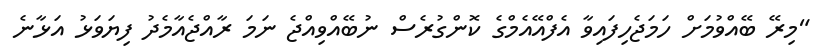
"މިރޭ ބޭއްވުމަށް ހަމަޖެހިފައިވާ އެފްއޭއެމްގެ ކޮންގުރެސް ނުބޭއްވިއްޖެ ނަމަ ރާއްޖެއާމެދު ފިޔަވަޅު އަޅާނެ